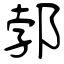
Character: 郣